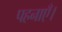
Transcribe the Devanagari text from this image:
पहनाएँ।